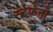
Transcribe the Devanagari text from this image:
स्टेफनो